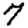
Digit: 7